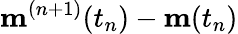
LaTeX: \mathbf{m}^{(n+1)}(t_{n})-\mathbf{m}(t_{n})